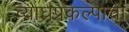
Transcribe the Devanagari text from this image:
व्याघ्रप्रकल्पाचा